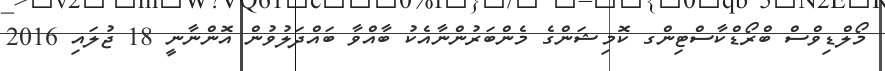
މޯލްޑިވްސް ބްރޯޑްކާސްޓިންގ ކޮމިޝަންގެ މެންބަރުންނާއެކު ބާއްވާ ބައްދަލުވުން އޮންނާނީ 18 ޖުލައި 2016